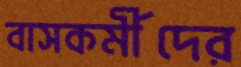
বাসকর্মীদের